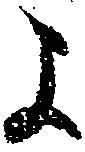
よ